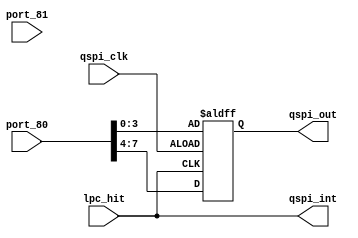
module qspi_slave(
//clock inputs
qspi_clk,

//inputs
port_80,
port_81,
lpc_hit,

//outputs
qspi_int,
qspi_out

);

	input qspi_clk;
	input [7:0] port_80;
	input [7:0] port_81;
	input lpc_hit;

	output qspi_int;
	output [3:0] qspi_out;
	
	reg [3:0] qspi_out;
	reg qspi_int;
	
	always
	begin
		qspi_int <= lpc_hit;
	end

	always @ (posedge lpc_hit or posedge qspi_clk)
	begin
		if (qspi_clk)
		begin
			qspi_out <= port_80 [3:0];
		end
		else
		begin
			qspi_out <= port_80 [7:4];
		end
	end          

endmodule